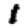
Digit: 1